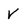
Character: V